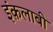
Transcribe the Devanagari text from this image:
इंक़लाबी